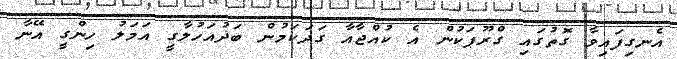
އެނގިފައިވާ ގޮތުގައި ގްރޫޕަކުން އެ ކުއްޖާއާ ގަދަކަމުން ބަދުއަހުލާގީ އަމަލު ހިންގީ އޭނާ